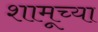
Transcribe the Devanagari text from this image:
शामूच्या